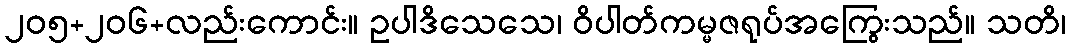
၂၀၅+၂၀၆+လည်းကောင်း။ ဥပါဒိသေသေ၊ ဝိပါတ်ကမ္မဇရုပ်အကြွေးသည်။ သတိ၊